Scottish Leaving Certificate Examination, 1952
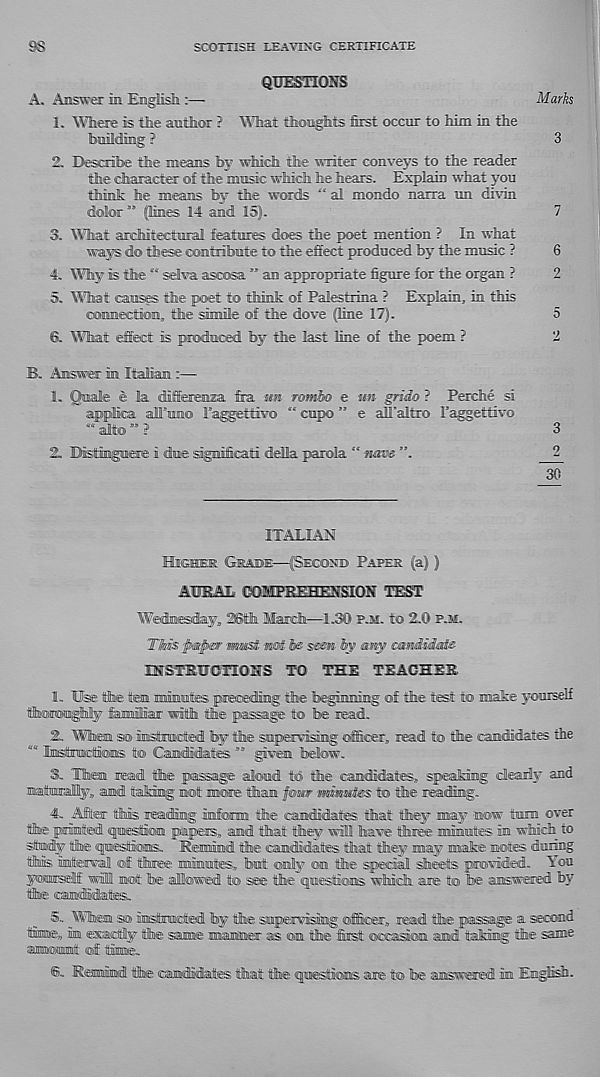
98
SCOTTISH LEAVING CERTIFICATE
QUESTIONS
A, Answer in English:—
Marks
1. Where is the author ? What thoughts hist occur to him in the
building ?
3
2. Describe the means by which the writer conveys to the reader
the character of the music which he hears. Explain what you
thin It he means by the words “ al mondo narra un divin
dofer ” pines 14 and 15).
7
3. What aichitectaral featnnes does the poet mention ? In what
ways do these oorntribnte to the effect produced by the music ?
6
4. Why is the “ selva asoosa ” an appropriate figure for the organ ?
2
5. What causes the poet to think of Palestrina ? Explain, in this
comection, the simile of the dove pine 17).
5
©. What effect is produced by the last hue of the poem ?
2
B. Answer in Italian
1. Qmale e la diSFeremza &a mu rombo e un grido ? Perche si
appiea afftmo PaggettivQ " cup© ” e afl’altro Faggettivo
““alt©”’?
2. Mstiiiigiieire i due sigmficati della parola “ mme
3
2
30
1 TALI .AN
Hkehuk Geabe—{(Seconeb Paper (a) )
AUEAIa CO!!C?RE : .HEXSION TEST
Wednesday,, 2Sth llaich—1230 p.m. to 2.0 p.m.
TMs paper mmst wet fc seen by any mmdidate
XBTSTBVOXIOSrS TO THE TEACHES
1. Use the fen mrinufES preceding the beginning of the test to make yourself
iffimsTOni^iiilly familiar with the passage to be read.
2. When s© instracted by the smpervisiiig officer, read to the camdidates the
““ Imsftandiions to Candidates given below.
3. Them read the passage alomd to the candidates, speaMnig deariy and
naitamlly, and takhig not more than fowr mimmtes to the reading.
4. After this reading inform the candidates that they may now tmnna over
the printed djmestiom pipers, and that they wil have three minmtes in which to
stody the cjmestioiis. Remind the (candidates that they may mate motes dining'
this imfarval of three minute, but only on the special sheets providod. Yon
ywnmselif wil not be allowed to see the qmestioms which are to be answered by
the candidate..
5» \¥hem so imstancted by the smpranrisitag officer, read the passage a reoDaid
tfinne, in exactly the same mammer as on the first occaskam and taMng the same
aanmotmmtt of tim®.
®- RotmmI the candidate that the questaons are to be answered in EngKsh.